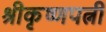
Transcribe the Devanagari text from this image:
श्रीकृष्णपत्नी